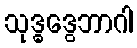
သုဒ္ဓဒွေဘာဂါ